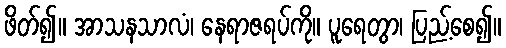
ဖိတ်၍။ အာသနသာလံ၊ နေရာဇရပ်ကို။ ပူရေတွာ၊ ပြည့်စေ၍။